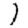
Digit: 1